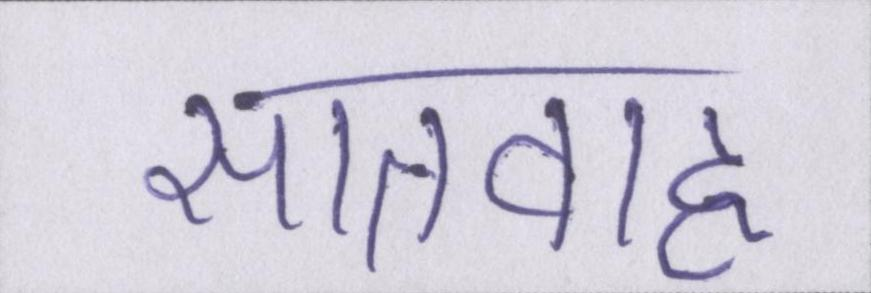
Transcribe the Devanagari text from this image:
सातवाह्न